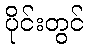
ပိုင်းတွင်